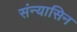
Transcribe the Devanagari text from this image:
संन्यासिन